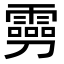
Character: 𠠢